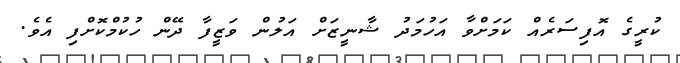
ކުރީގެ އޮފިސަރެއް ކަމަށްވާ އަހުމަދު ޝާނީޒަށް އަލުން ވަޒީފާ ދޭން ހުކުމްކޮށްފި އެވެ.